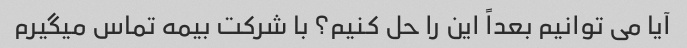
آیا می توانیم بعداً این را حل کنیم؟ با شرکت بیمه تماس میگیرم